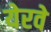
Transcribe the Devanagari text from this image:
येरवे